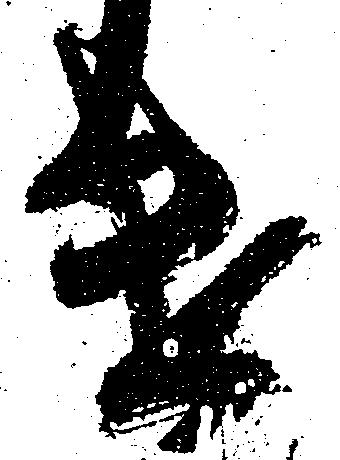
遣